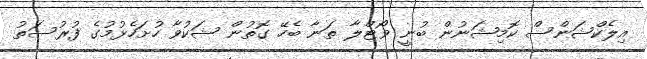
އިލެކްޝަންސް ކޮމިޝަނުން ބުނީ ވޯޓްލާ ތަނާ ބެހޭ ގޮތުން ޝަކުވާ ހުށަހެޅުމުގެ ފުރުސަތު